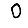
Digit: 0